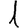
Digit: 1